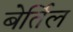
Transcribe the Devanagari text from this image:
बेर्तिल